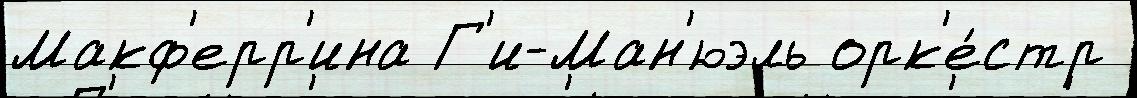
Макф'ерр'ина Г'и-Ман'юэль орк'е́стр